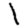
Digit: 1